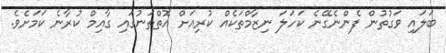
ބަލައި ވަގުތުން ފެންނެގޭނެ ކަހަލަ ނިޒާމްތަކެއް ކުރިއަށް އޮތްތަނުގައި ގާއިމް ކުރާނެ ކަމަށެވެ.